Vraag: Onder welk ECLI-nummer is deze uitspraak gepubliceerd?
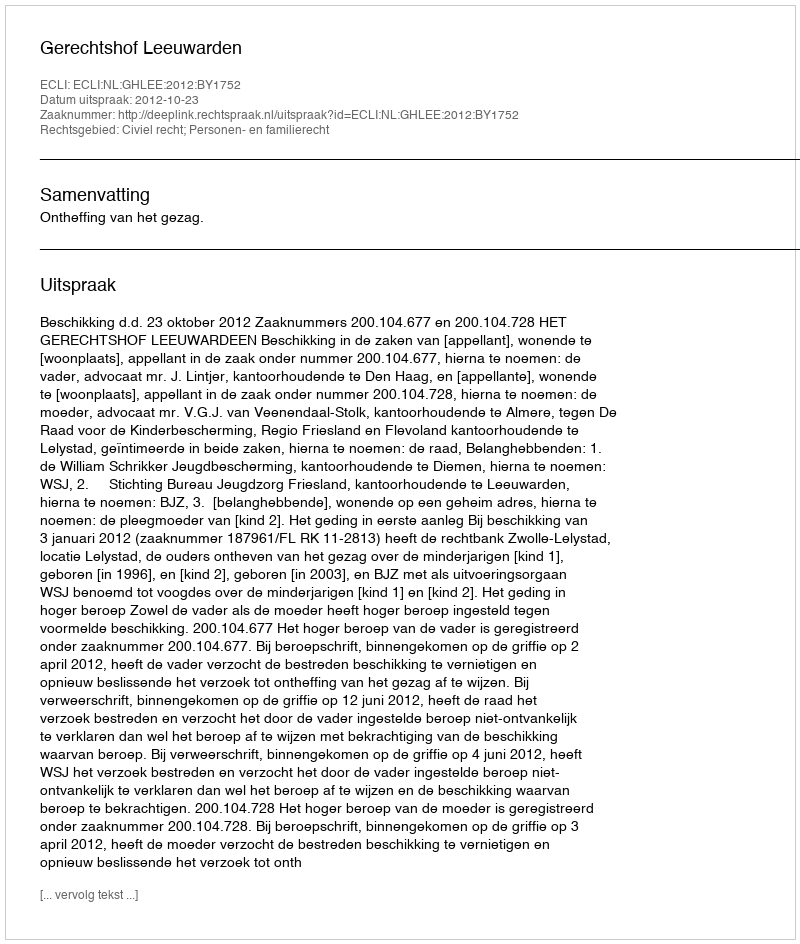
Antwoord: ECLI:NL:GHLEE:2012:BY1752